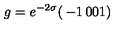
g = e ^ { - 2 \sigma } { \left( \begin{matrix} { - 1 } & { 0 } \\ { 0 } & { 1 } \\ \end{matrix} \right) }